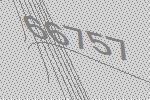
66757